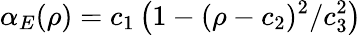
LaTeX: \alpha_{E}(\rho)=c_{1}\left(1-(\rho-c_{2})^{2}/c_{3}^{2}\right)